system: You are a helpful assistant.
user:
Analyze the provided spectrum to determine if it is a **S-type Star**.

- **Key Indicators for S-type Star:**

    - **(Overall Spectrum Shape):** The first and most obvious characteristic is the overall continuum (the "baseline" shape). It is **extremely "red-sloping,"** meaning the flux (light intensity) is very low on the left side (blue, ~4000-4500 Å) and rises steeply and continuously toward the right side (red, ~7000 Å+).

    - **(Primary):** The spectrum is defined by the presence of strong, broad molecular absorption "valleys" (bands) from **Zirconium Oxide (ZrO)**. The identification of these bands is the **primary requirement** for classifying a star as S-type.
        - **(Key Bandheads):** You must find distinct, deep "dips" where the light has been absorbed. The most critical band systems to locate are:
            - **~6474 Å** ($\gamma$-system): This is often the strongest and clearest ZrO feature, found in the red part of the spectrum.
            - **~5718 Å** & **~5551 Å** ($\beta$-system): A pair of prominent absorption features in the yellow-orange part of the spectrum.
            - **~4640 Å** ($\alpha$-system): A key absorption band system in the blue-green region of the spectrum.

    - **(Secondary Confirmation):** The classification is strengthened by finding additional absorption bands from other related heavy element oxides, which are expected to be present alongside ZrO.
        - **(Key Bandheads):**
            - **Yttrium Oxide (YO):** Look for absorption dips near **~4800 Å** and **~6100 Å**.
            - **Lanthanum Oxide (LaO):** Additional absorption features, particularly in the red-orange part of the spectrum, are also characteristic.

    - **(Line Profile):** The combination of the steep red continuum and these numerous, deep molecular bands (ZrO, YO, etc.) gives the entire spectrum a very **"chopped-up"** or **"bumpy"** appearance. Instead of a smooth curve, the spectrum looks as though large, wide chunks of light have been "carved out" of it at the specific wavelengths listed above.

Think first, call **spectral_visualization_tool** if needed to examine features in detail, then provide your final answer. Your response must adhere to the following strict rules:
1.  **Overall Structure:** Your response must follow the format `<think>...</think> <tool_call>...</tool_call> (if a tool is used) <answer>...</answer>`.
2.  **Tool Usage Constraint:** You may only make **one** tool call per turn.
3.  **Final Answer Format:** In the `<answer>` tag, your conclusion must be inside a `\boxed{}` command (e.g., `\boxed{YES}` or `\boxed{NO}`), followed by your justification.

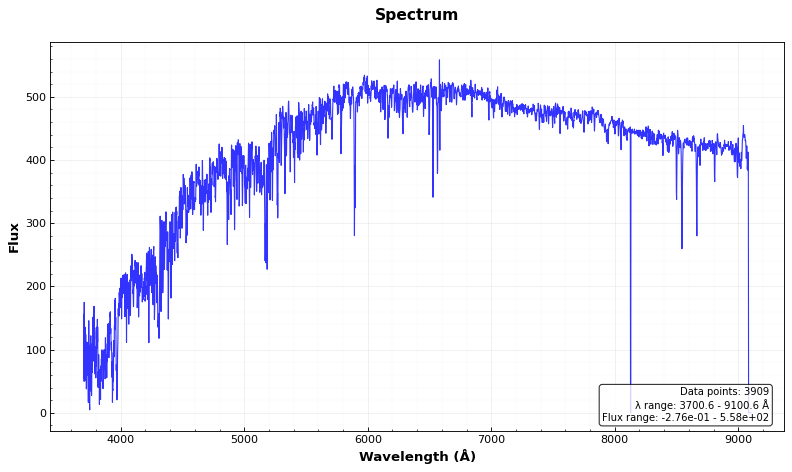
Answer: NO